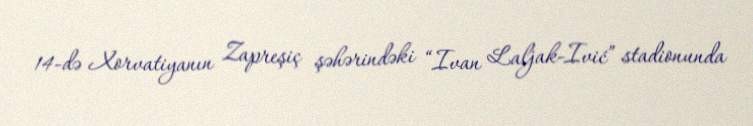
14-də Xorvatiyanın Zapreşiç şəhərindəki “Ivan Laljak-Ivić” stadionunda